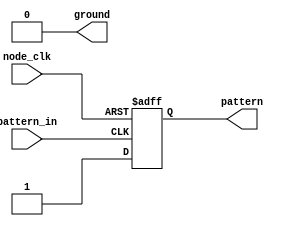
module Patternff(
	input pattern_in, node_clk,
	output wire pattern, 
	output wire ground
);
	assign ground = 0;
	reg pattern_tmp = 0;
	assign pattern = pattern_tmp;
	always @(posedge pattern_in or posedge node_clk) begin
		if (node_clk) begin pattern_tmp <= 0; end
		else begin pattern_tmp <= 1; end
	end
endmodule